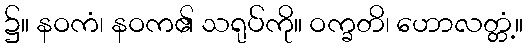
၌။ နဝကံ၊ နဝက၏ သရုပ်ကို။ ဝက္ခတိ၊ ဟောလတ္တံ့။